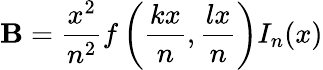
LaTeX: \mathbf{B}=\frac{{x^{2}}}{{n^{2}}}f\left(\frac{{kx}}{{n}},\frac{{lx}}{{n}}\right)I_{n}(x)